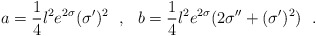
\begin{align*}a=\frac 14 l^2e^{2\sigma} (\sigma')^2~~,~~b=\frac 14 l^2e^{2\sigma} (2\sigma''+(\sigma')^2)~~.\end{align*}